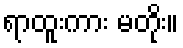
ရာထူးကား မတိုး။